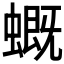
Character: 𧑂